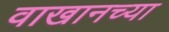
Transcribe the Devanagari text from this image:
वाखानच्या